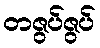
တဇွပ်ဇွပ်